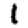
Digit: 1